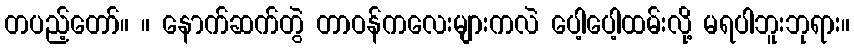
တပည့်တော်။ ။ နောက်ဆက်တွဲ တာဝန်ကလေးများကလဲ ပေါ့ပေါ့ထမ်းလို့ မရပါဘူးဘုရား။